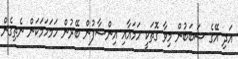
އަދި އޭގެ ސަބަބުން މިވާ ގޮތަކީ ހަމައާއި އިންސާފުން ބޭރުން ހަމަހަމަކަން ނެތިގެން